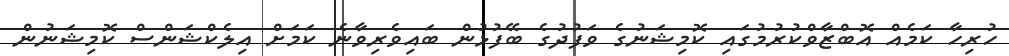
ހުރިހާ ކަމެއް އޮބްޒާވްކުރުމުގައި ކޮމިޝަނުގެ ވަފުދުގެ ބޭފުޅުން ބައިވެރިވާނެ ކަމަށް އިލެކްޝަންސް ކޮމިޝަނުން